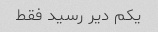
یکم دیر رسید فقط